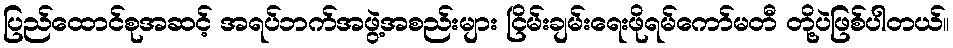
ပြည်ထောင်စုအဆင့် အရပ်ဘက်အဖွဲ့အစည်းများ ငြိမ်းချမ်းရေးဖိုရမ်ကော်မတီ တို့ပဲဖြစ်ပါတယ်။